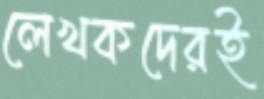
লেখকদেরই